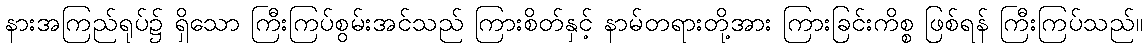
နားအကြည်ရုပ်၌ ရှိသော ကြီးကြပ်စွမ်းအင်သည် ကြားစိတ်နှင့် နာမ်တရားတို့အား ကြားခြင်းကိစ္စ ဖြစ်ရန် ကြီးကြပ်သည်။